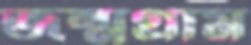
জন্মগ্রাম